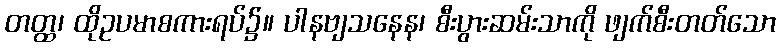
တတ္ထ၊ ထိုဥပမာစကားရပ်၌။ ပါနဗျသနေန၊ စီးပွားဆမ်းသာကို ဖျက်စီးတတ်သော